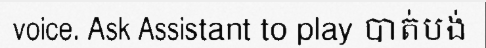
voice. Ask Assistant to play បាត់បង់